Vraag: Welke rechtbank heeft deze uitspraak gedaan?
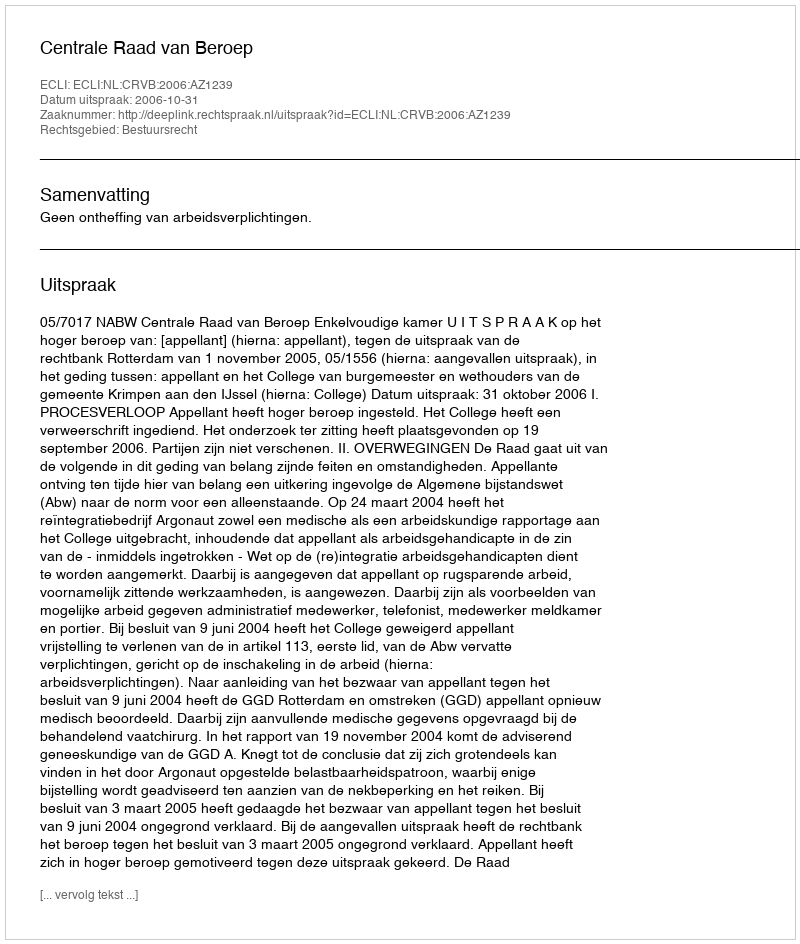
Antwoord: Centrale Raad van Beroep